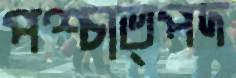
পশ্চাত্পদ